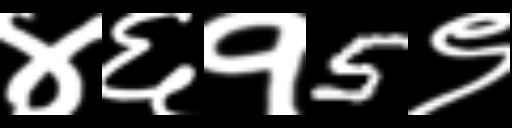
Text: ४६१5९